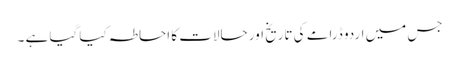
جس میں اردو ڈرامے کی تاریخ اور حالات کا احاطہ کیا گیا ہے ۔